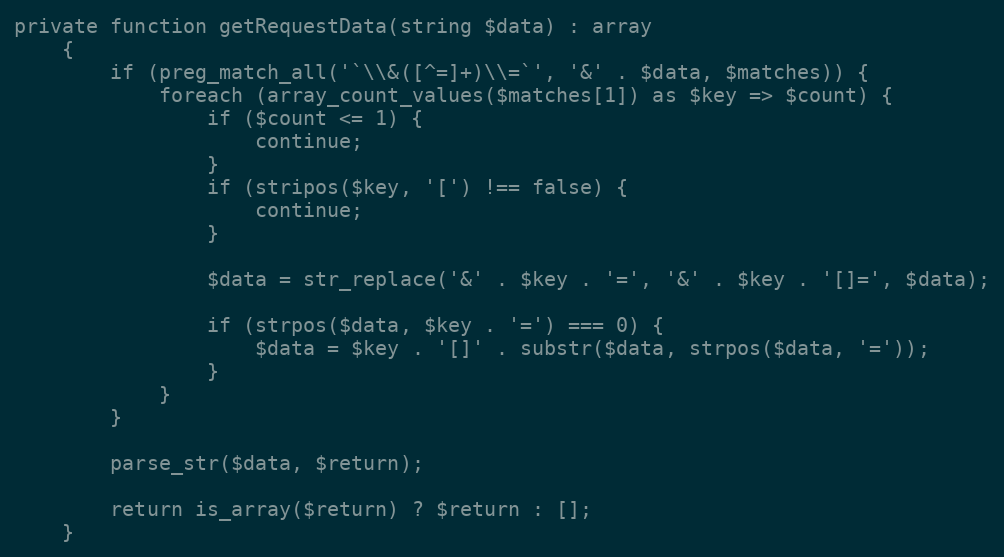
Language: PHP
private function getRequestData(string $data) : array
    {
        if (preg_match_all('`\\&([^=]+)\\=`', '&' . $data, $matches)) {
            foreach (array_count_values($matches[1]) as $key => $count) {
                if ($count <= 1) {
                    continue;
                }
                if (stripos($key, '[') !== false) {
                    continue;
                }

                $data = str_replace('&' . $key . '=', '&' . $key . '[]=', $data);

                if (strpos($data, $key . '=') === 0) {
                    $data = $key . '[]' . substr($data, strpos($data, '='));
                }
            }
        }

        parse_str($data, $return);

        return is_array($return) ? $return : [];
    }